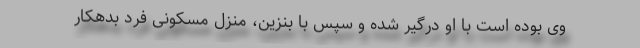
وی بوده است با او درگیر شده و سپس با بنزین، منزل مسکونی فرد بدهکار